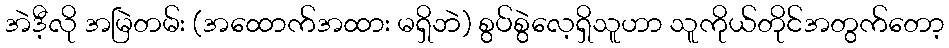
အဲဒီ့လို အမြဲတမ်း (အထောက်အထား မရှိဘဲ) စွပ်စွဲလေ့ရှိသူဟာ သူကိုယ်တိုင်အတွက်တော့